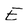
Character: E